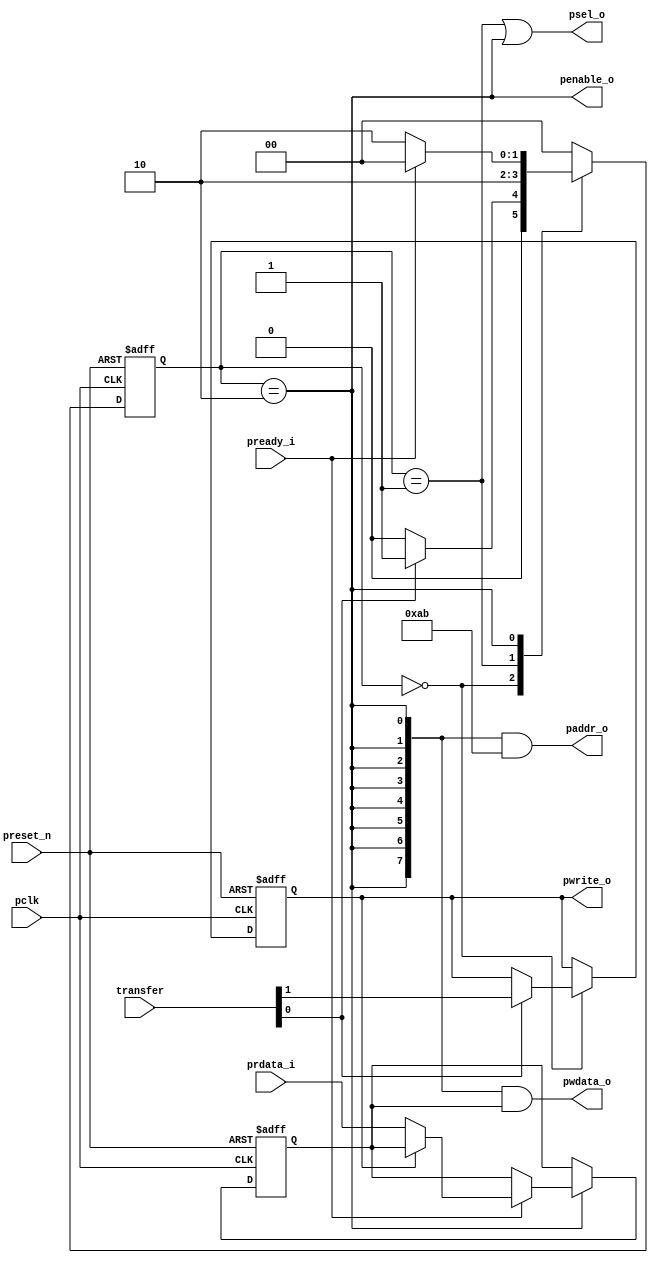
module apb_master (
  input      pclk,
  input      preset_n, 	
 
  input  [1:0]		transfer,	// 2'b00 - No_tarnfer, 2'b01 - READ_transfer, 2'b11 - WRITE_transfer
  input  [7:0]	prdata_i,
  input		pready_i,
  output 	        psel_o,
  output  		penable_o,
  output [7:0]	paddr_o,
  output 		pwrite_o,
  output [7:0] 	pwdata_o
  
);
  
parameter[1:0]ST_IDLE=2'b00, ST_SETUP=2'b01, ST_ACCESS=2'b10 ;
  
  reg [1:0] state_q; 		// Current state
  reg [1:0] nxt_state;	       // Next state
  
  wire apb_state_setup;
  wire apb_state_access;
  
  reg nxt_pwrite;
  reg pwrite_q;
  
  reg [7:0] nxt_rdata;
  reg [7:0] rdata_q;
  
  always @(posedge pclk or negedge preset_n)
    if (~preset_n)
      state_q <= ST_IDLE;
  	else
      state_q <= nxt_state;
  
  always @(state_q,pready_i,transfer) begin
    nxt_pwrite = pwrite_q;
    nxt_rdata = rdata_q;
    case (state_q)
      ST_IDLE:
        if (transfer[0]) begin
          nxt_state = ST_SETUP;
          nxt_pwrite = transfer[1];
        end else begin
          nxt_state = ST_IDLE;
        end
      ST_SETUP: 
      nxt_state = ST_ACCESS;
      
      ST_ACCESS:
        if (pready_i) begin
          if (~pwrite_q)
          nxt_rdata = prdata_i;
          nxt_state = ST_IDLE;
        end else
          nxt_state = ST_ACCESS;
      default: nxt_state = ST_IDLE;
    endcase
  end
  
  assign apb_state_access = (state_q == ST_ACCESS);
  assign apb_state_setup = (state_q == ST_SETUP);
  
  assign psel_o = apb_state_setup | apb_state_access;
  assign penable_o = apb_state_access;
  
  // 
  assign paddr_o = {8{apb_state_access}} & 8'hAB;
  
  // APB PWRITE control
  always @(posedge pclk or negedge preset_n)
    if (~preset_n)
      pwrite_q <= 1'b0;
  	else
      pwrite_q <= nxt_pwrite;
  
  assign pwrite_o = pwrite_q;
  
  // APB PWDATA data signal
  // ADDER
  // Read a value from the slave at address 0xABCD
  // Increment that value
  // Send that value back during the write operation to address 0xABCD
  assign pwdata_o = {32{apb_state_access}} & (rdata_q);
  
  
  always @(posedge pclk or negedge preset_n)
    if (~preset_n)
      rdata_q <= 8'h0;
  	else
      rdata_q <= nxt_rdata;
  
endmodule